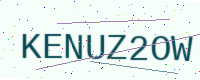
Text: KENUZ2OW